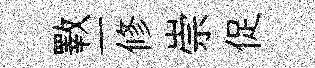
斁一修崇促